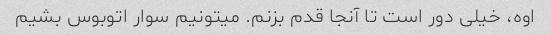
اوه، خیلی دور است تا آنجا قدم بزنم. میتونیم سوار اتوبوس بشیم